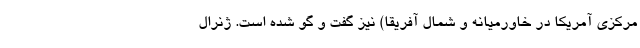
مرکزی آمریکا در خاورمیانه و شمال آفریقا) نیز گفت و گو شده است. ژنرال